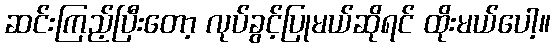
ဆင်းကြည့်ပြီးတော့ လုပ်ခွင့်ပြုမယ်ဆိုရင် ထိုးမယ်ပေါ့။